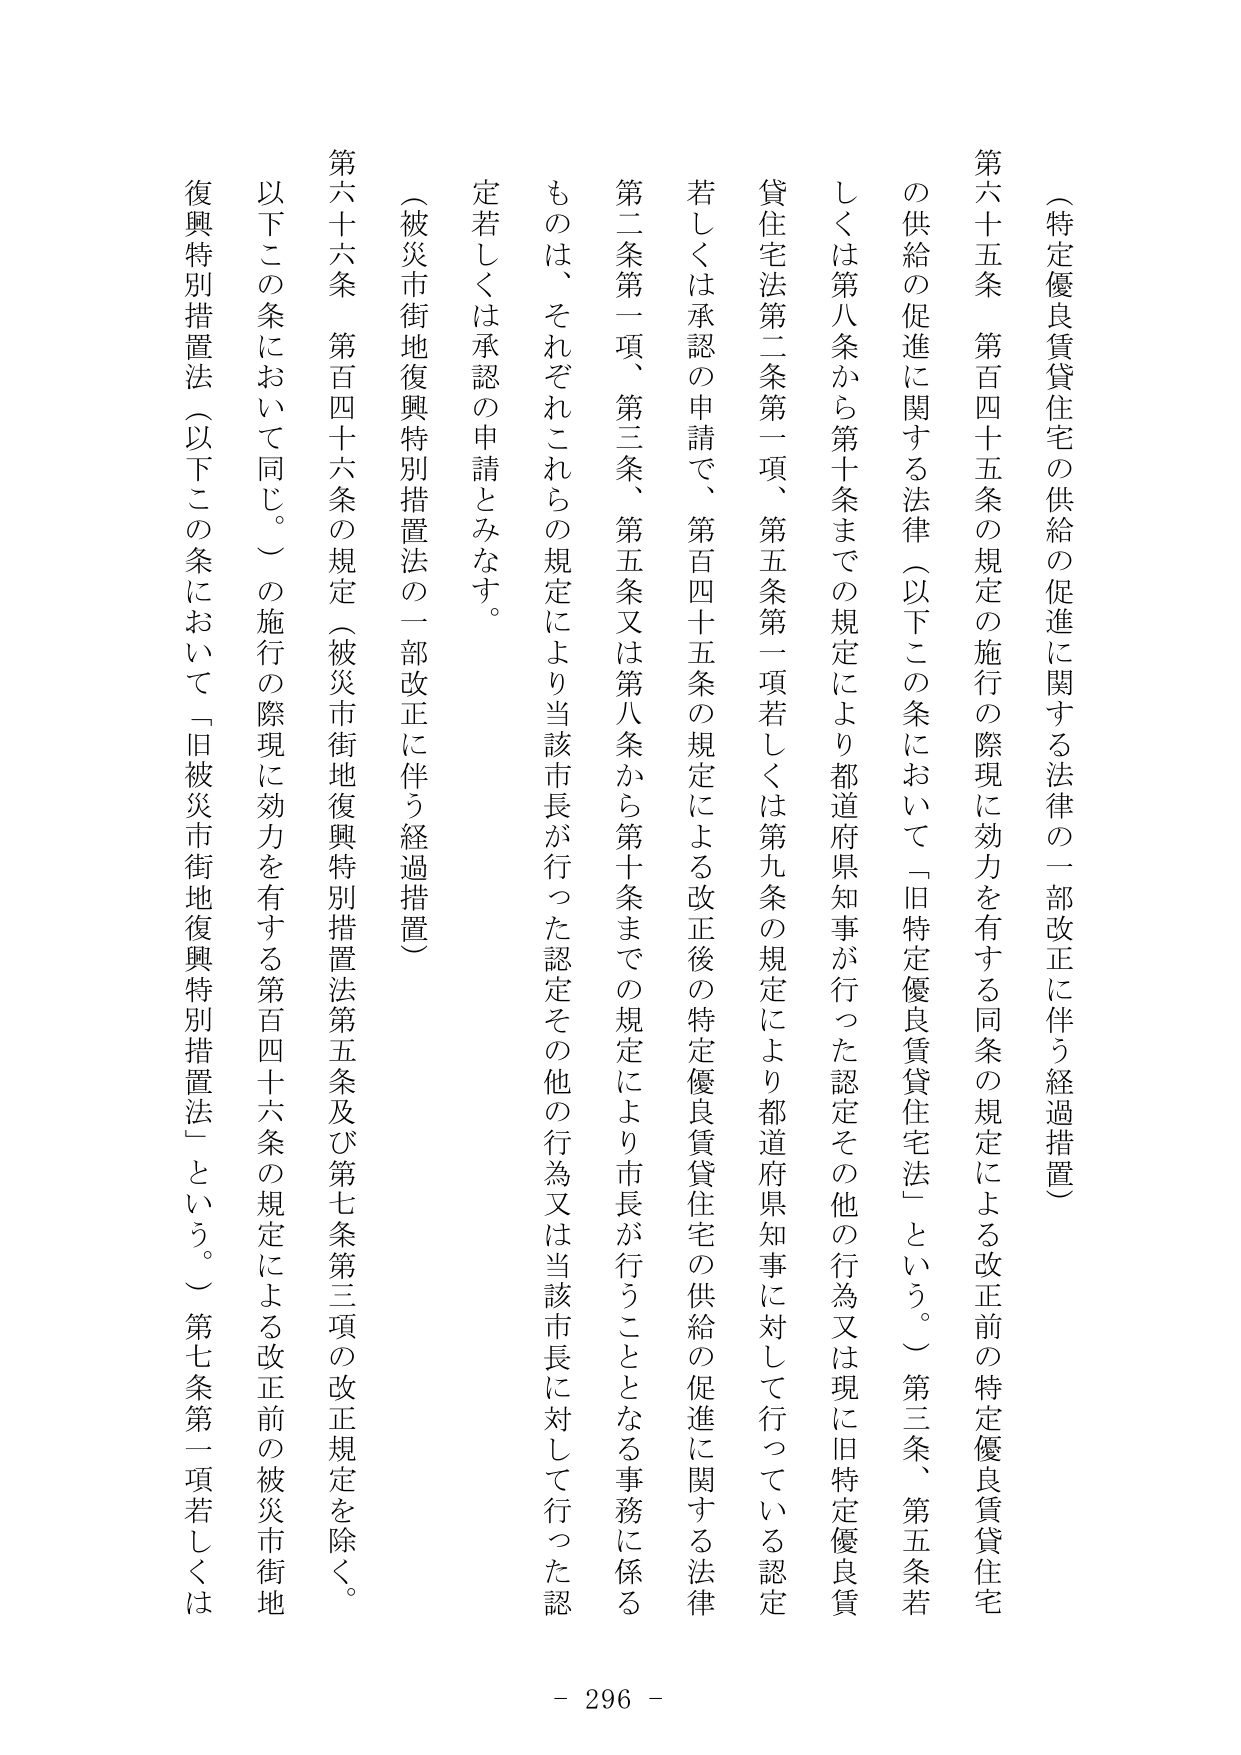
（特定優良賃貸住宅の供給の促進に関する法律の一部改正に伴う経過措置）

第六十五条　第百四十五条の規定の施行の際現に効力を有する同条の規定による改正前の特定優良賃貸住宅の供給の促進に関する法律（以下この条において「旧特定優良賃貸住宅法」という。）第三条、第五条若しくは第八条から第十条までの規定により都道府県知事が行った認定その他の行為又は現に旧特定優良賃貸住宅法第二条第一項、第五条第一項若しくは第九条の規定により都道府県知事に対して行っている認定若しくは承認の申請で、第百四十五条の規定による改正後の特定優良賃貸住宅の供給の促進に関する法律第二条第一項、第三条、第五条又は第八条から第十条までの規定により市長が行うこととなる事務に係るもののは、それぞれこれらの規定により当該市長が行った認定その他の行為又は当該市長に対して行った認定若しくは承認の申請とみなす。

（被災市街地復興特別措置法の一部改正に伴う経過措置）

第六十六条　第百四十六条の規定（被災市街地復興特別措置法第五条及び第七条第三項の改正規定を除く。以下この条において同じ。）の施行の際現に効力を有する第百四十六条の規定による改正前の被災市街地復興特別措置法（以下この条において「旧被災市街地復興特別措置法」という。）第七条第一項若しくは

- 296 -